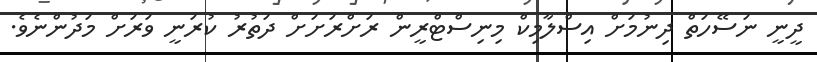
ދީނީ ނަސޭހަތް ދިނުމަށް އިސްލާމިކް މިނިސްޓްރީން ރަށްރަށަށް ދަތުރު ކުރަނީ ވަރަށް މަދުންނެވެ.